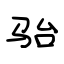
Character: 骀